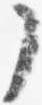
了